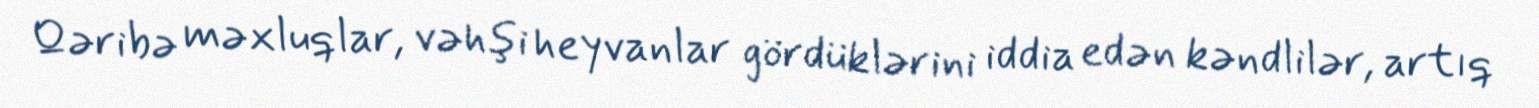
Qəribə məxluqlar, vəhşi heyvanlar gördüklərini iddia edən kəndlilər, artıq